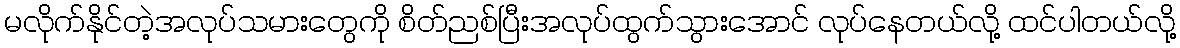
မလိုက်နိုင်တဲ့အလုပ်သမားတွေကို စိတ်ညစ်ပြီးအလုပ်ထွက်သွားအောင် လုပ်နေတယ်လို့ ထင်ပါတယ်လို့